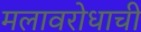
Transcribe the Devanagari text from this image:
मलावरोधाची